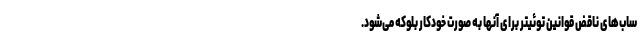
ساب‌های ناقض قوانین توئیتر برای آنها به صورت خودکار بلوکه می‌شود.